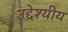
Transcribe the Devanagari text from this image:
उद्देश्यीय